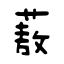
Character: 蔜